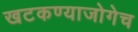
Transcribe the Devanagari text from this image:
खटकण्याजोगेच